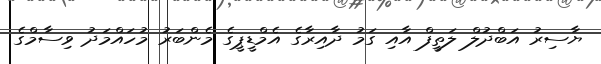
ޔާސިރު އަބްދުލް ލަތީފް އާއި ގަމު ދާއިރާގެ އެމްޑީޕީގެ މެންބަރު މުހައްމަދު ވިސާމްގެ